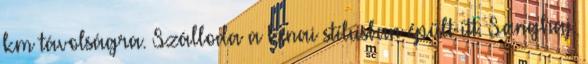
km távolságra. Szálloda a kínai stílusban épült itt: Sanghaj.